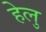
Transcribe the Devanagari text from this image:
हेलु